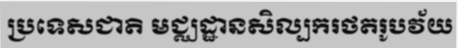
ប្រទេសជាតិ មជ្ឈដ្ឋានសិល្បករថតរូបវ័យ